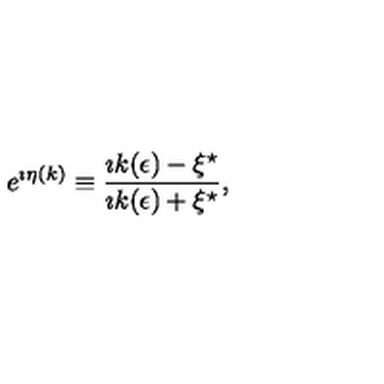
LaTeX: e ^ { \imath \eta ( k ) } \equiv { \frac { \imath k ( \epsilon ) - \xi ^ { \star } } { \imath k ( \epsilon ) + \xi ^ { \star } } } ,